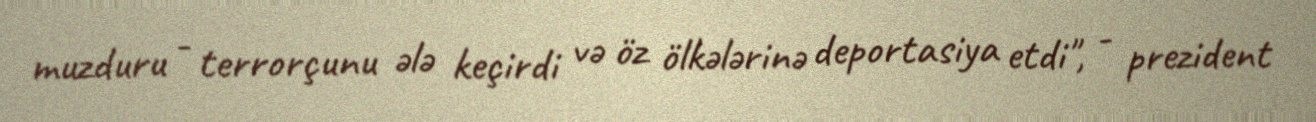
muzduru - terrorçunu ələ keçirdi və öz ölkələrinə deportasiya etdi", - prezident